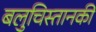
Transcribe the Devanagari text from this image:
बलुचिस्तानकी